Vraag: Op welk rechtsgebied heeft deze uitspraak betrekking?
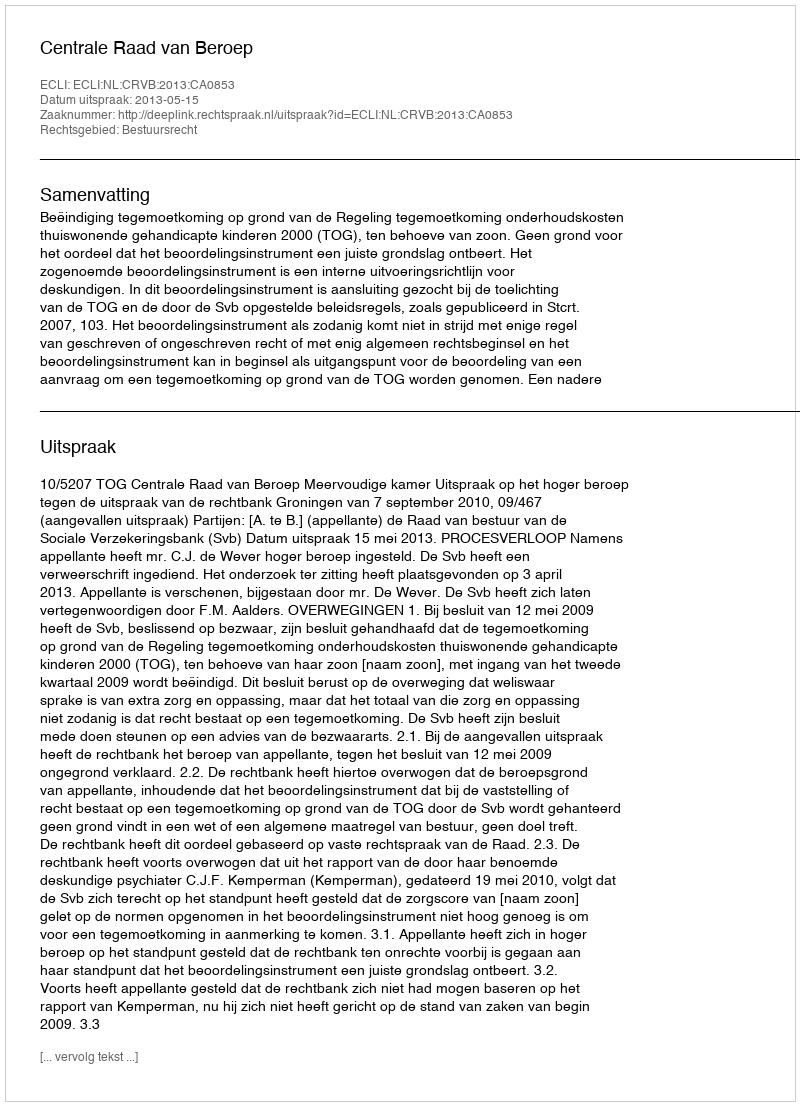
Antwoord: Bestuursrecht